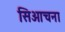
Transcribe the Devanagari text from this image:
सिओचना